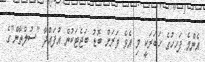
އެންމެ ފަހހުގެ ޚަބަރަކީ މި އެވެ ވަރަށް ބޮޑު ބަޖެޓަކުން އުފައްދާ "ސުލްތާން"ގެ